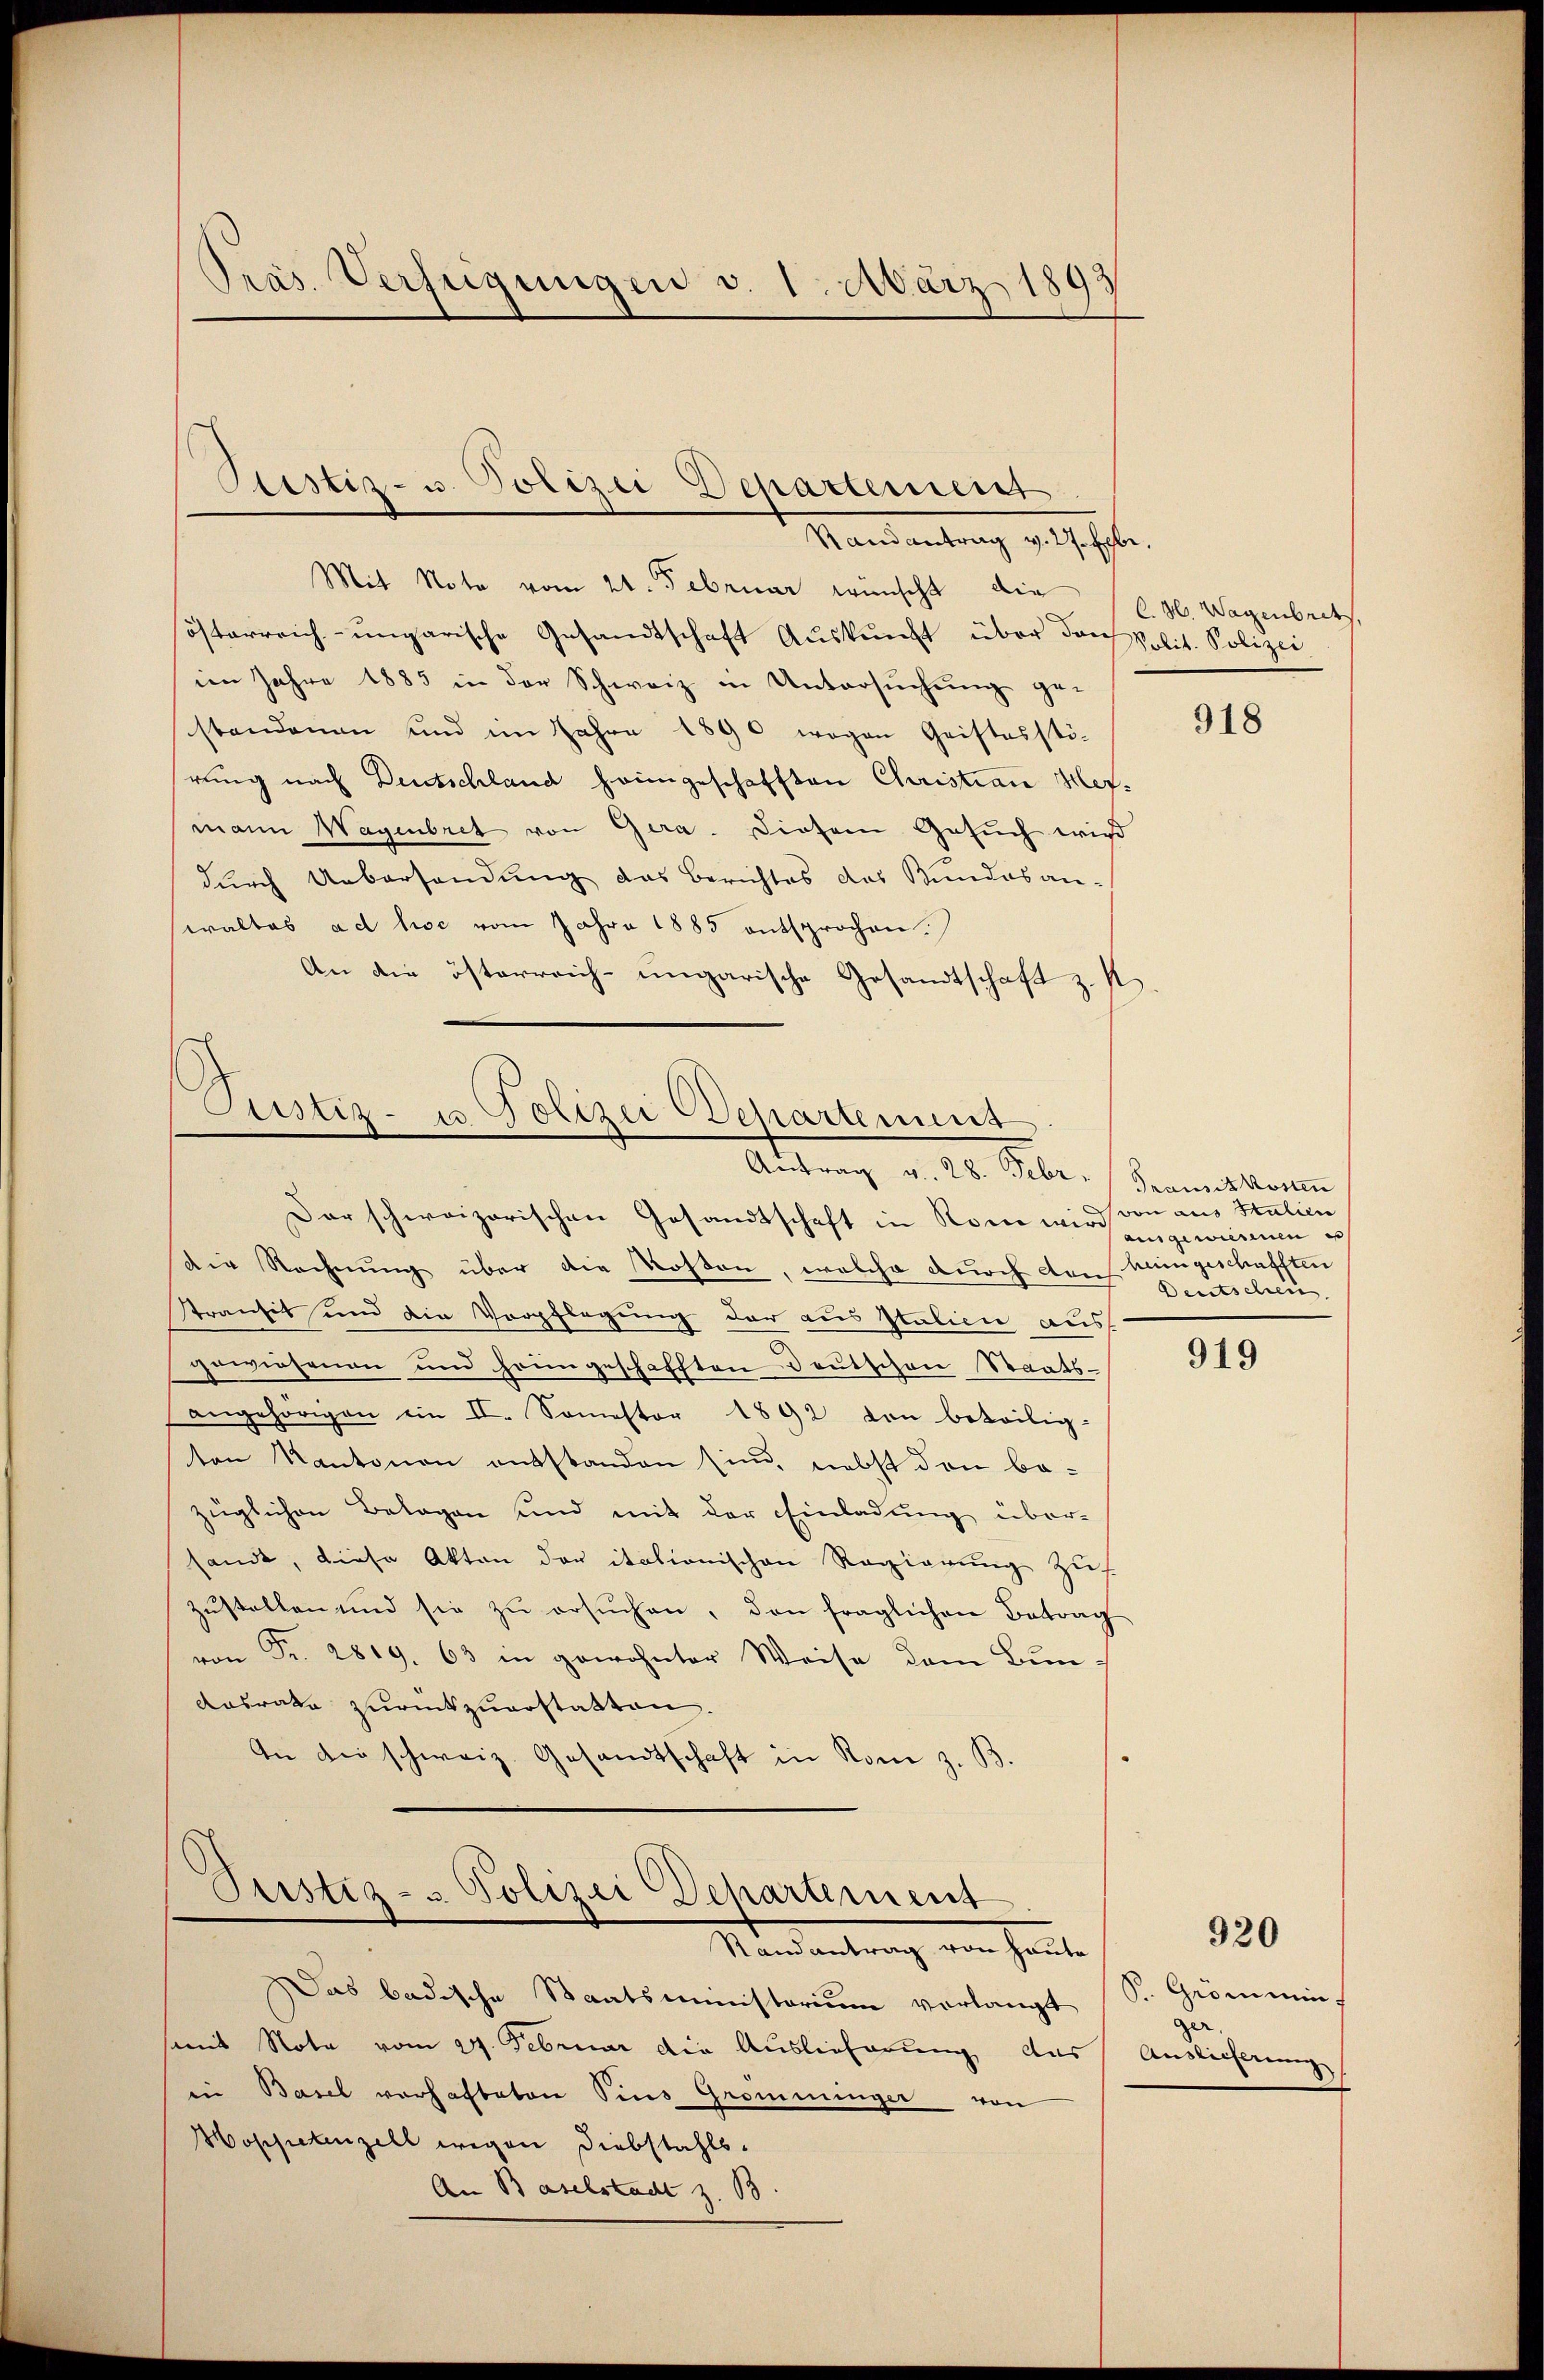
Pras. Verfügungen v. 1. März 1893

Justiz- u. Polizei Departement
Randantrag v. 27. Ebe

Mit Note vom 21. Februar wünscht, die
österreich-ungarische Gesandtschaft Auskunft über dans Polit. Polizei.
im Jahre 1885 in der Schweiz in Untersuchung ge-
standenen und im Jahre 1890 wegen Geistesstöhrung nach Deutschland heimgeschafften Christian Hermann Wagenbret von Gera. Diesem Gesuch wird
durch Uebersendung das Berichtes das Kundesan-
waltes ad hoc vom Jahre 1885 entsprochen.
An die österreich-ungarische Gesandtschaft z. K

Piustiz- u Polizei Departement
Altung v. 20. Febr. Bernationen

Dar schweizerischen Gesandtschaft in Rom wird von aus Italien
Die Rechnung über die Kosten, welche durch den heimgeschafften
Stranses und die Verpflegung der aus Italien aus
gewiesenen und heimgeschafften Deutschen Staatsangehörigen ein II. Somestor 1892 den beteilig-
ten Kantonen entstanden sind, nebst den bezüglichen Belagen und mit der Einladung über-
sandt, diese Akten der itationischen Regierung zu
zŭstellen und sie zŭ ersŭchen, den fraglichen Betrag
von Fr. 2819. 63 in gewohnter Weise dem Bun¬
Aasrate zurückzuerstatten.
An die schweiz. Gesandtschaft in Rom z. B.

Pustiz- & Polizei Departement
Randantrag von Haute

Das badische Staatsministerium verlangt
samt Nota vom 24. Februar die Auslieferung aus
in Basel vorhafteten Sins Gromminger von
Hospetenzell wegen Diebstahls¬
An Baselstadt z. 18.

C. M. Wagenbrets.

918

ausgewiesenen u
Deutschein

919

920

Pr. Grömmin
ger,
Auslieferung